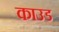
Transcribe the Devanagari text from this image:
काउड